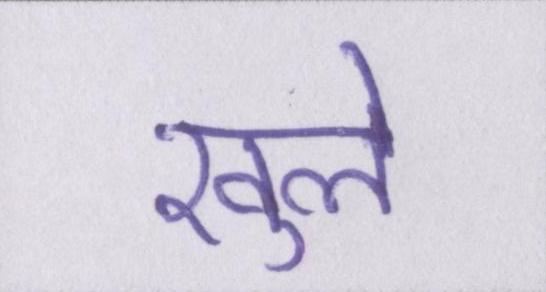
खुले